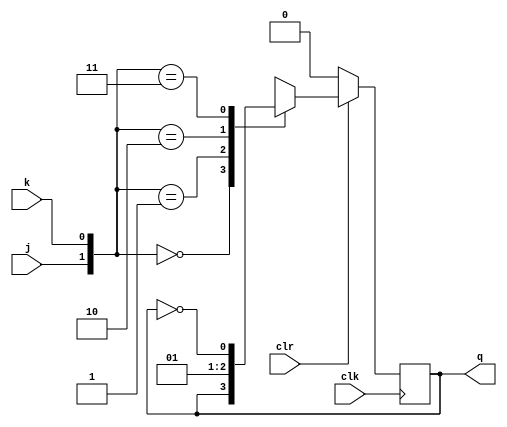


module jk_ff(
	input j,
	input k,
	input clk,
	input clr,
	output reg q);

	always @(posedge clk) begin
		
		if (!clr) begin
			q <= 1'b0;
		end
		else begin
			case({j,k})
				2'b00 : q <= q;
				2'b01 : q <= 0;
				2'b10 : q <= 1;
				2'b11 : q <= ~q;
			endcase
		end
	end

endmodule